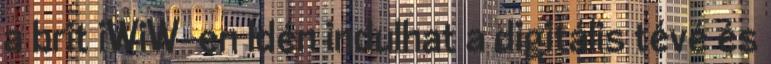
a brit iWiW-en Idén indulhat a digitális tévé és